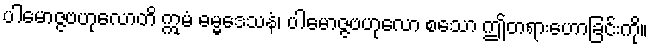
ပါမောဇ္ဇဗဟုလောတိ ဣမံ ဓမ္မဒေသနံ၊ ပါမောဇ္ဇဗဟုလော စသော ဤတရားဟောခြင်းကို။